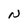
Character: N